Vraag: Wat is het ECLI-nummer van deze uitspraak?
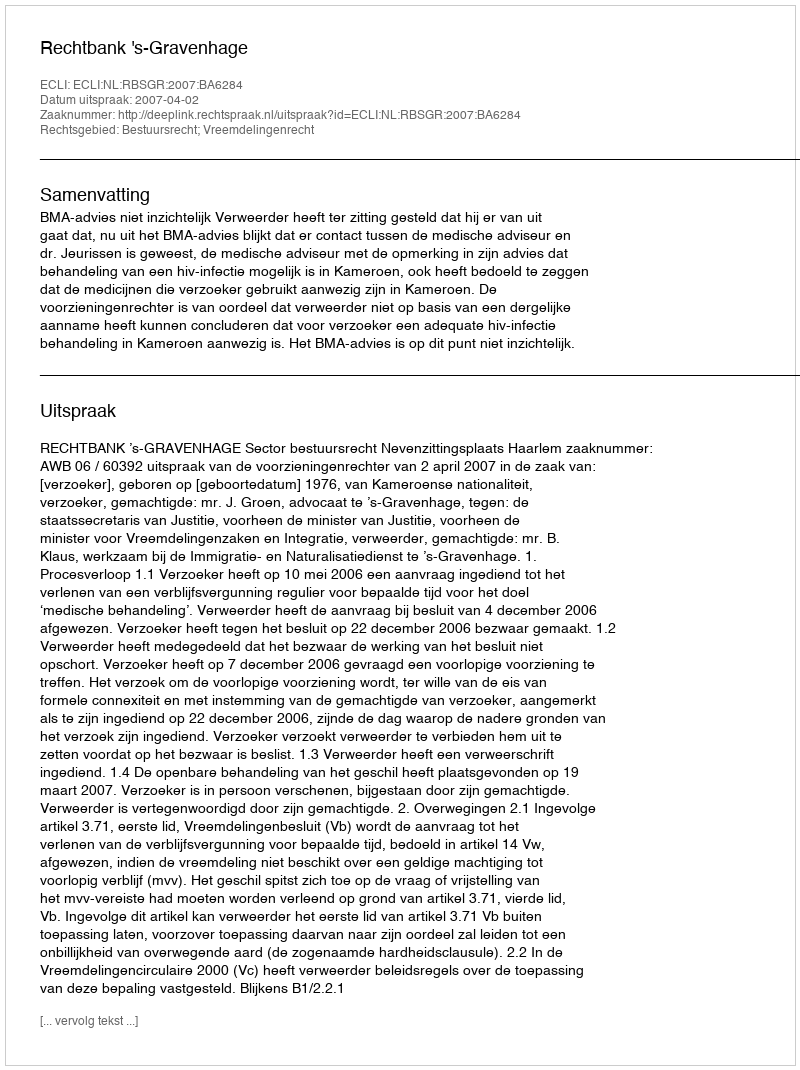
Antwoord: ECLI:NL:RBSGR:2007:BA6284